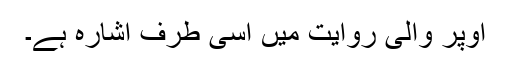
اوپر والی روایت میں اسی طرف اشارہ ہے۔